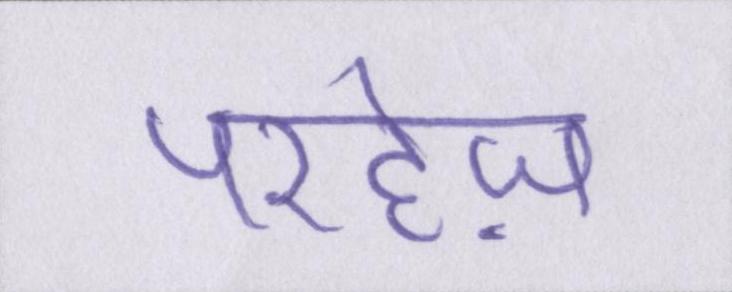
परहेज़